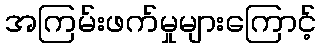
အကြမ်းဖက်မှုများကြောင့်